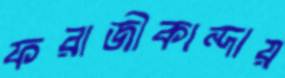
ফরাজীকান্দায়